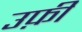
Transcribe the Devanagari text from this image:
उफ़ी